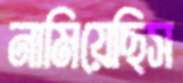
নামিয়েছিস